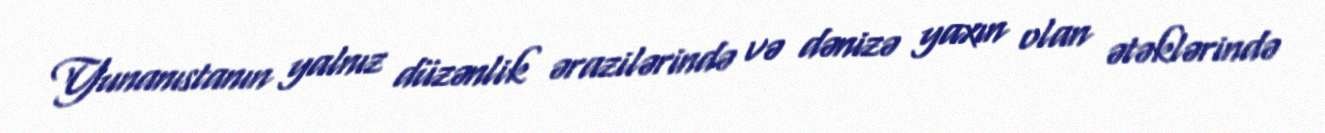
Yunanıstanın yalnız düzənlik ərazilərində və dənizə yaxın olan ətəklərində